Leaving Certificate Examination (including Day School Certificate (Higher) General paper), 1937
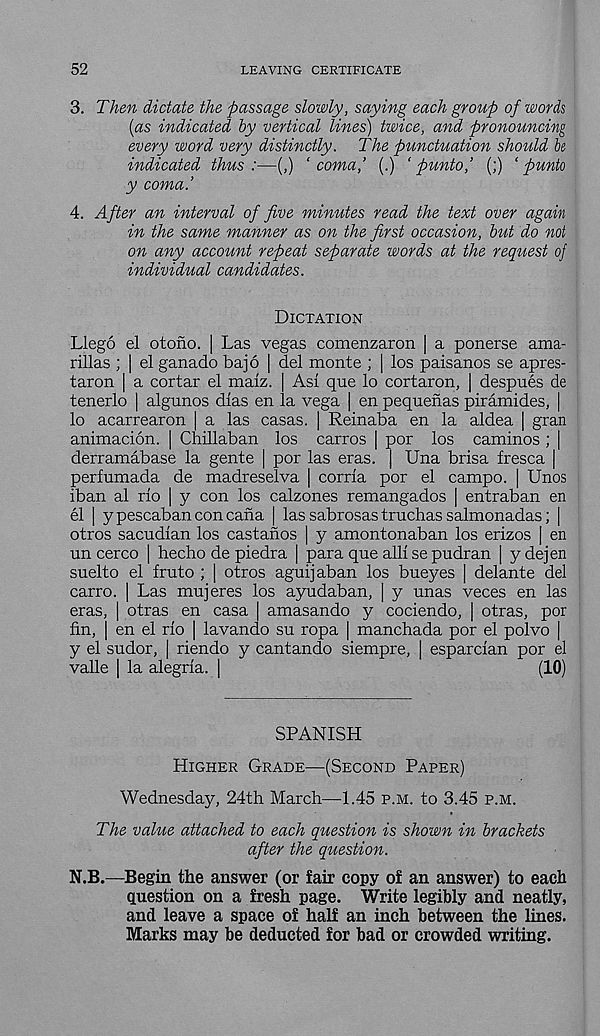
52
LEAVING CERTIFICATE
3. Then dictate the passage slowly, saying each group of words
(as indicated by vertical lines) twice, and pronouncing
every word very distinctly. The punctuation should be
indicated thus:—(,) ‘coma,’ (.) ‘ punto,’ (;) ‘ punto
y coma.’
4. After an interval of five minutes read the text over again
in the same manner as on the first occasion, but do not
on any account repeat separate words at the request of
individual candidates.
Dictation
Llego el otono. | Las vegas comenzaron | a ponerse ama-
rillas ; | el ganado bajo | del monte ; | los paisanos se apres-
taron | a cortar el malz.
tenerlo | algunos dlas en
As! que lo cortaron, | despues de
la vega | en pequenas piramides, |
lo acarrearon | a las casas. | Reinaba en la aldea | gran
animacion. | Chillaban los carros [ por los caminos ; |
derramabase la gente | por las eras. | Una brisa fresca |
perfumada de madreselva | coma por el campo. | Unos
iban al rlo | y con los calzones remangados | entraban en
el | ypescabanconcana | las sabrosas truchas salmonadas; |
otros sacudlan los castanos | y amontonaban los erizos | en
un cerco [ hecho de piedra | para que all! se pudran | y dejen
suelto el fruto ; | otros aguijaban los bueyes | delante del
carro. | Las mujeres
otras
eras,
en casa
os ayudaban, | y unas veces en las
amasando y cociendo, | otras, por
fin, | en el rlo | lavando su ropa | manchada por el polvo |
y el sudor, | riendo y cantando siempre, | esparclan por el
valle | la alegrla. |
(10)
SPANISH
Higher Grade—(Second Paper)
Wednesday, 24th March—1.45 p.m. to 3.45 p.m.
The value attached to each question is shown in brackets
after the question.
N.B.—Begin the answer (or fair copy of an answer) to each
question on a fresh page. Write legibly and neatly,
and leave a space of half an inch between the lines.
Marks may be deducted for bad or crowded writing.